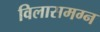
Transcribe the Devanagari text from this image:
विलासमग्न